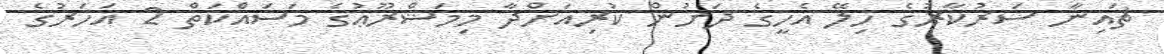
ޗައިނާ ސަރުކާރުގެ ހިލޭ އެހީގެ ދަށުން ކުރިއަށްދާ މިމަޝްރޫޢުގެ މަސައްކަތް 2 އަހަރުގެ